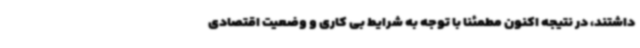
داشتند، در نتیجه اکنون مطمئنا با توجه به شرایط بی کاری و وضعیت اقتصادی